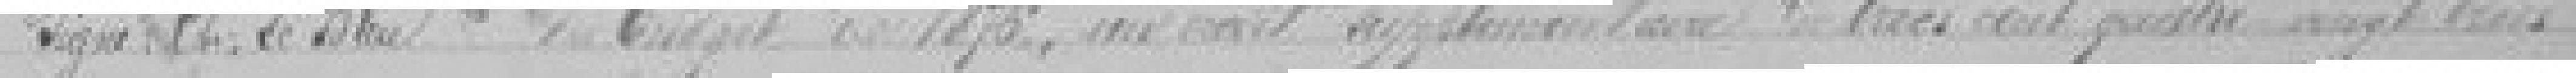
Signé : Ch. Le Bleu               du budget de l'année 1876, un crédit supplémentaire de trois cent quatre vingt trois